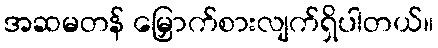
အဆမတန် မြှောက်စားလျက်ရှိပါတယ်။